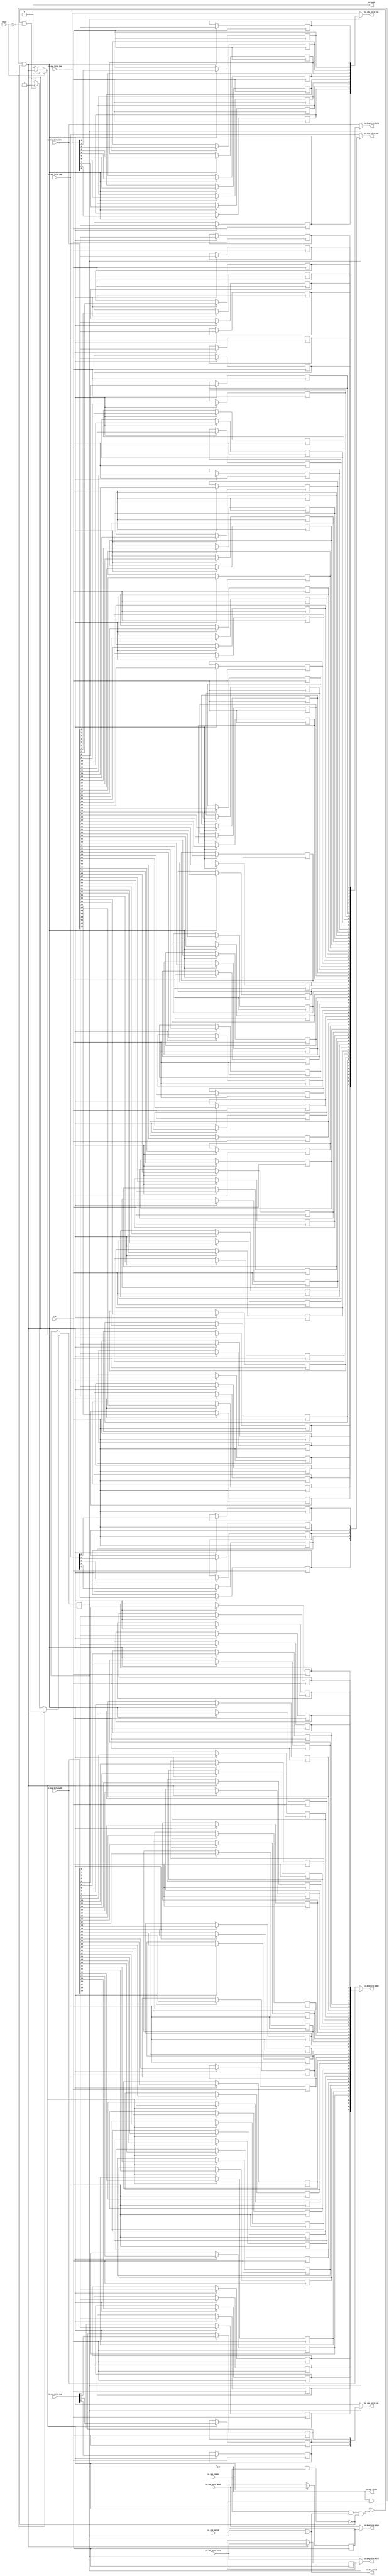
module Queue_10
(
  clk,
  reset,
  io_enq_ready,
  io_enq_valid,
  io_enq_bits_addr,
  io_enq_bits_tag,
  io_enq_bits_cmd,
  io_enq_bits_typ,
  io_enq_bits_kill,
  io_enq_bits_phys,
  io_enq_bits_data,
  io_deq_ready,
  io_deq_valid,
  io_deq_bits_addr,
  io_deq_bits_tag,
  io_deq_bits_cmd,
  io_deq_bits_typ,
  io_deq_bits_kill,
  io_deq_bits_phys,
  io_deq_bits_data,
  io_count
);

  input [39:0] io_enq_bits_addr;
  input [9:0] io_enq_bits_tag;
  input [4:0] io_enq_bits_cmd;
  input [2:0] io_enq_bits_typ;
  input [63:0] io_enq_bits_data;
  output [39:0] io_deq_bits_addr;
  output [9:0] io_deq_bits_tag;
  output [4:0] io_deq_bits_cmd;
  output [2:0] io_deq_bits_typ;
  output [63:0] io_deq_bits_data;
  input clk;
  input reset;
  input io_enq_valid;
  input io_enq_bits_kill;
  input io_enq_bits_phys;
  input io_deq_ready;
  output io_enq_ready;
  output io_deq_valid;
  output io_deq_bits_kill;
  output io_deq_bits_phys;
  output io_count;
  wire [39:0] io_deq_bits_addr;
  wire [9:0] io_deq_bits_tag;
  wire [4:0] io_deq_bits_cmd;
  wire [2:0] io_deq_bits_typ;
  wire [63:0] io_deq_bits_data;
  wire io_enq_ready,io_deq_valid,io_deq_bits_kill,io_deq_bits_phys,io_count,N0,N1,N2,
  T4,do_enq,T3,T2,do_flow,empty,do_deq,T6,T5,N3,T31,N4,N5,N6,N7,N8,N9;
  reg [1:1] T0;
  reg [123:64] T9;
  reg [63:0] T8;
  assign io_count = 1'b0;
  assign T4 = do_enq ^ do_deq;

  always @(posedge clk) begin
    if(N6) begin
      T0[1] <= N7;
    end 
  end


  always @(posedge clk) begin
    if(do_enq) begin
      T9[123] <= io_enq_bits_addr[39];
    end 
  end


  always @(posedge clk) begin
    if(do_enq) begin
      T9[122] <= io_enq_bits_addr[38];
    end 
  end


  always @(posedge clk) begin
    if(do_enq) begin
      T9[121] <= io_enq_bits_addr[37];
    end 
  end


  always @(posedge clk) begin
    if(do_enq) begin
      T9[120] <= io_enq_bits_addr[36];
    end 
  end


  always @(posedge clk) begin
    if(do_enq) begin
      T9[119] <= io_enq_bits_addr[35];
    end 
  end


  always @(posedge clk) begin
    if(do_enq) begin
      T9[118] <= io_enq_bits_addr[34];
    end 
  end


  always @(posedge clk) begin
    if(do_enq) begin
      T9[117] <= io_enq_bits_addr[33];
    end 
  end


  always @(posedge clk) begin
    if(do_enq) begin
      T9[116] <= io_enq_bits_addr[32];
    end 
  end


  always @(posedge clk) begin
    if(do_enq) begin
      T9[115] <= io_enq_bits_addr[31];
    end 
  end


  always @(posedge clk) begin
    if(do_enq) begin
      T9[114] <= io_enq_bits_addr[30];
    end 
  end


  always @(posedge clk) begin
    if(do_enq) begin
      T9[113] <= io_enq_bits_addr[29];
    end 
  end


  always @(posedge clk) begin
    if(do_enq) begin
      T9[112] <= io_enq_bits_addr[28];
    end 
  end


  always @(posedge clk) begin
    if(do_enq) begin
      T9[111] <= io_enq_bits_addr[27];
    end 
  end


  always @(posedge clk) begin
    if(do_enq) begin
      T9[110] <= io_enq_bits_addr[26];
    end 
  end


  always @(posedge clk) begin
    if(do_enq) begin
      T9[109] <= io_enq_bits_addr[25];
    end 
  end


  always @(posedge clk) begin
    if(do_enq) begin
      T9[108] <= io_enq_bits_addr[24];
    end 
  end


  always @(posedge clk) begin
    if(do_enq) begin
      T9[107] <= io_enq_bits_addr[23];
    end 
  end


  always @(posedge clk) begin
    if(do_enq) begin
      T9[106] <= io_enq_bits_addr[22];
    end 
  end


  always @(posedge clk) begin
    if(do_enq) begin
      T9[105] <= io_enq_bits_addr[21];
    end 
  end


  always @(posedge clk) begin
    if(do_enq) begin
      T9[104] <= io_enq_bits_addr[20];
    end 
  end


  always @(posedge clk) begin
    if(do_enq) begin
      T9[103] <= io_enq_bits_addr[19];
    end 
  end


  always @(posedge clk) begin
    if(do_enq) begin
      T9[102] <= io_enq_bits_addr[18];
    end 
  end


  always @(posedge clk) begin
    if(do_enq) begin
      T9[101] <= io_enq_bits_addr[17];
    end 
  end


  always @(posedge clk) begin
    if(do_enq) begin
      T9[100] <= io_enq_bits_addr[16];
    end 
  end


  always @(posedge clk) begin
    if(do_enq) begin
      T9[99] <= io_enq_bits_addr[15];
    end 
  end


  always @(posedge clk) begin
    if(do_enq) begin
      T9[98] <= io_enq_bits_addr[14];
    end 
  end


  always @(posedge clk) begin
    if(do_enq) begin
      T9[97] <= io_enq_bits_addr[13];
    end 
  end


  always @(posedge clk) begin
    if(do_enq) begin
      T9[96] <= io_enq_bits_addr[12];
    end 
  end


  always @(posedge clk) begin
    if(do_enq) begin
      T9[95] <= io_enq_bits_addr[11];
    end 
  end


  always @(posedge clk) begin
    if(do_enq) begin
      T9[94] <= io_enq_bits_addr[10];
    end 
  end


  always @(posedge clk) begin
    if(do_enq) begin
      T9[93] <= io_enq_bits_addr[9];
    end 
  end


  always @(posedge clk) begin
    if(do_enq) begin
      T9[92] <= io_enq_bits_addr[8];
    end 
  end


  always @(posedge clk) begin
    if(do_enq) begin
      T9[91] <= io_enq_bits_addr[7];
    end 
  end


  always @(posedge clk) begin
    if(do_enq) begin
      T9[90] <= io_enq_bits_addr[6];
    end 
  end


  always @(posedge clk) begin
    if(do_enq) begin
      T9[89] <= io_enq_bits_addr[5];
    end 
  end


  always @(posedge clk) begin
    if(do_enq) begin
      T9[88] <= io_enq_bits_addr[4];
    end 
  end


  always @(posedge clk) begin
    if(do_enq) begin
      T9[87] <= io_enq_bits_addr[3];
    end 
  end


  always @(posedge clk) begin
    if(do_enq) begin
      T9[86] <= io_enq_bits_addr[2];
    end 
  end


  always @(posedge clk) begin
    if(do_enq) begin
      T9[85] <= io_enq_bits_addr[1];
    end 
  end


  always @(posedge clk) begin
    if(do_enq) begin
      T9[84] <= io_enq_bits_addr[0];
    end 
  end


  always @(posedge clk) begin
    if(do_enq) begin
      T9[83] <= io_enq_bits_tag[9];
    end 
  end


  always @(posedge clk) begin
    if(do_enq) begin
      T9[82] <= io_enq_bits_tag[8];
    end 
  end


  always @(posedge clk) begin
    if(do_enq) begin
      T9[81] <= io_enq_bits_tag[7];
    end 
  end


  always @(posedge clk) begin
    if(do_enq) begin
      T9[80] <= io_enq_bits_tag[6];
    end 
  end


  always @(posedge clk) begin
    if(do_enq) begin
      T9[79] <= io_enq_bits_tag[5];
    end 
  end


  always @(posedge clk) begin
    if(do_enq) begin
      T9[78] <= io_enq_bits_tag[4];
    end 
  end


  always @(posedge clk) begin
    if(do_enq) begin
      T9[77] <= io_enq_bits_tag[3];
    end 
  end


  always @(posedge clk) begin
    if(do_enq) begin
      T9[76] <= io_enq_bits_tag[2];
    end 
  end


  always @(posedge clk) begin
    if(do_enq) begin
      T9[75] <= io_enq_bits_tag[1];
    end 
  end


  always @(posedge clk) begin
    if(do_enq) begin
      T9[74] <= io_enq_bits_tag[0];
    end 
  end


  always @(posedge clk) begin
    if(do_enq) begin
      T9[73] <= io_enq_bits_cmd[4];
    end 
  end


  always @(posedge clk) begin
    if(do_enq) begin
      T9[72] <= io_enq_bits_cmd[3];
    end 
  end


  always @(posedge clk) begin
    if(do_enq) begin
      T9[71] <= io_enq_bits_cmd[2];
    end 
  end


  always @(posedge clk) begin
    if(do_enq) begin
      T9[70] <= io_enq_bits_cmd[1];
    end 
  end


  always @(posedge clk) begin
    if(do_enq) begin
      T9[69] <= io_enq_bits_cmd[0];
    end 
  end


  always @(posedge clk) begin
    if(do_enq) begin
      T9[68] <= io_enq_bits_typ[2];
    end 
  end


  always @(posedge clk) begin
    if(do_enq) begin
      T9[67] <= io_enq_bits_typ[1];
    end 
  end


  always @(posedge clk) begin
    if(do_enq) begin
      T9[66] <= io_enq_bits_typ[0];
    end 
  end


  always @(posedge clk) begin
    if(do_enq) begin
      T9[65] <= io_enq_bits_kill;
    end 
  end


  always @(posedge clk) begin
    if(do_enq) begin
      T9[64] <= io_enq_bits_phys;
    end 
  end


  always @(posedge clk) begin
    if(do_enq) begin
      T8[63] <= io_enq_bits_data[63];
    end 
  end


  always @(posedge clk) begin
    if(do_enq) begin
      T8[62] <= io_enq_bits_data[62];
    end 
  end


  always @(posedge clk) begin
    if(do_enq) begin
      T8[61] <= io_enq_bits_data[61];
    end 
  end


  always @(posedge clk) begin
    if(do_enq) begin
      T8[60] <= io_enq_bits_data[60];
    end 
  end


  always @(posedge clk) begin
    if(do_enq) begin
      T8[59] <= io_enq_bits_data[59];
    end 
  end


  always @(posedge clk) begin
    if(do_enq) begin
      T8[58] <= io_enq_bits_data[58];
    end 
  end


  always @(posedge clk) begin
    if(do_enq) begin
      T8[57] <= io_enq_bits_data[57];
    end 
  end


  always @(posedge clk) begin
    if(do_enq) begin
      T8[56] <= io_enq_bits_data[56];
    end 
  end


  always @(posedge clk) begin
    if(do_enq) begin
      T8[55] <= io_enq_bits_data[55];
    end 
  end


  always @(posedge clk) begin
    if(do_enq) begin
      T8[54] <= io_enq_bits_data[54];
    end 
  end


  always @(posedge clk) begin
    if(do_enq) begin
      T8[53] <= io_enq_bits_data[53];
    end 
  end


  always @(posedge clk) begin
    if(do_enq) begin
      T8[52] <= io_enq_bits_data[52];
    end 
  end


  always @(posedge clk) begin
    if(do_enq) begin
      T8[51] <= io_enq_bits_data[51];
    end 
  end


  always @(posedge clk) begin
    if(do_enq) begin
      T8[50] <= io_enq_bits_data[50];
    end 
  end


  always @(posedge clk) begin
    if(do_enq) begin
      T8[49] <= io_enq_bits_data[49];
    end 
  end


  always @(posedge clk) begin
    if(do_enq) begin
      T8[48] <= io_enq_bits_data[48];
    end 
  end


  always @(posedge clk) begin
    if(do_enq) begin
      T8[47] <= io_enq_bits_data[47];
    end 
  end


  always @(posedge clk) begin
    if(do_enq) begin
      T8[46] <= io_enq_bits_data[46];
    end 
  end


  always @(posedge clk) begin
    if(do_enq) begin
      T8[45] <= io_enq_bits_data[45];
    end 
  end


  always @(posedge clk) begin
    if(do_enq) begin
      T8[44] <= io_enq_bits_data[44];
    end 
  end


  always @(posedge clk) begin
    if(do_enq) begin
      T8[43] <= io_enq_bits_data[43];
    end 
  end


  always @(posedge clk) begin
    if(do_enq) begin
      T8[42] <= io_enq_bits_data[42];
    end 
  end


  always @(posedge clk) begin
    if(do_enq) begin
      T8[41] <= io_enq_bits_data[41];
    end 
  end


  always @(posedge clk) begin
    if(do_enq) begin
      T8[40] <= io_enq_bits_data[40];
    end 
  end


  always @(posedge clk) begin
    if(do_enq) begin
      T8[39] <= io_enq_bits_data[39];
    end 
  end


  always @(posedge clk) begin
    if(do_enq) begin
      T8[38] <= io_enq_bits_data[38];
    end 
  end


  always @(posedge clk) begin
    if(do_enq) begin
      T8[37] <= io_enq_bits_data[37];
    end 
  end


  always @(posedge clk) begin
    if(do_enq) begin
      T8[36] <= io_enq_bits_data[36];
    end 
  end


  always @(posedge clk) begin
    if(do_enq) begin
      T8[35] <= io_enq_bits_data[35];
    end 
  end


  always @(posedge clk) begin
    if(do_enq) begin
      T8[34] <= io_enq_bits_data[34];
    end 
  end


  always @(posedge clk) begin
    if(do_enq) begin
      T8[33] <= io_enq_bits_data[33];
    end 
  end


  always @(posedge clk) begin
    if(do_enq) begin
      T8[32] <= io_enq_bits_data[32];
    end 
  end


  always @(posedge clk) begin
    if(do_enq) begin
      T8[31] <= io_enq_bits_data[31];
    end 
  end


  always @(posedge clk) begin
    if(do_enq) begin
      T8[30] <= io_enq_bits_data[30];
    end 
  end


  always @(posedge clk) begin
    if(do_enq) begin
      T8[29] <= io_enq_bits_data[29];
    end 
  end


  always @(posedge clk) begin
    if(do_enq) begin
      T8[28] <= io_enq_bits_data[28];
    end 
  end


  always @(posedge clk) begin
    if(do_enq) begin
      T8[27] <= io_enq_bits_data[27];
    end 
  end


  always @(posedge clk) begin
    if(do_enq) begin
      T8[26] <= io_enq_bits_data[26];
    end 
  end


  always @(posedge clk) begin
    if(do_enq) begin
      T8[25] <= io_enq_bits_data[25];
    end 
  end


  always @(posedge clk) begin
    if(do_enq) begin
      T8[24] <= io_enq_bits_data[24];
    end 
  end


  always @(posedge clk) begin
    if(do_enq) begin
      T8[23] <= io_enq_bits_data[23];
    end 
  end


  always @(posedge clk) begin
    if(do_enq) begin
      T8[22] <= io_enq_bits_data[22];
    end 
  end


  always @(posedge clk) begin
    if(do_enq) begin
      T8[21] <= io_enq_bits_data[21];
    end 
  end


  always @(posedge clk) begin
    if(do_enq) begin
      T8[20] <= io_enq_bits_data[20];
    end 
  end


  always @(posedge clk) begin
    if(do_enq) begin
      T8[19] <= io_enq_bits_data[19];
    end 
  end


  always @(posedge clk) begin
    if(do_enq) begin
      T8[18] <= io_enq_bits_data[18];
    end 
  end


  always @(posedge clk) begin
    if(do_enq) begin
      T8[17] <= io_enq_bits_data[17];
    end 
  end


  always @(posedge clk) begin
    if(do_enq) begin
      T8[16] <= io_enq_bits_data[16];
    end 
  end


  always @(posedge clk) begin
    if(do_enq) begin
      T8[15] <= io_enq_bits_data[15];
    end 
  end


  always @(posedge clk) begin
    if(do_enq) begin
      T8[14] <= io_enq_bits_data[14];
    end 
  end


  always @(posedge clk) begin
    if(do_enq) begin
      T8[13] <= io_enq_bits_data[13];
    end 
  end


  always @(posedge clk) begin
    if(do_enq) begin
      T8[12] <= io_enq_bits_data[12];
    end 
  end


  always @(posedge clk) begin
    if(do_enq) begin
      T8[11] <= io_enq_bits_data[11];
    end 
  end


  always @(posedge clk) begin
    if(do_enq) begin
      T8[10] <= io_enq_bits_data[10];
    end 
  end


  always @(posedge clk) begin
    if(do_enq) begin
      T8[9] <= io_enq_bits_data[9];
    end 
  end


  always @(posedge clk) begin
    if(do_enq) begin
      T8[8] <= io_enq_bits_data[8];
    end 
  end


  always @(posedge clk) begin
    if(do_enq) begin
      T8[7] <= io_enq_bits_data[7];
    end 
  end


  always @(posedge clk) begin
    if(do_enq) begin
      T8[6] <= io_enq_bits_data[6];
    end 
  end


  always @(posedge clk) begin
    if(do_enq) begin
      T8[5] <= io_enq_bits_data[5];
    end 
  end


  always @(posedge clk) begin
    if(do_enq) begin
      T8[4] <= io_enq_bits_data[4];
    end 
  end


  always @(posedge clk) begin
    if(do_enq) begin
      T8[3] <= io_enq_bits_data[3];
    end 
  end


  always @(posedge clk) begin
    if(do_enq) begin
      T8[2] <= io_enq_bits_data[2];
    end 
  end


  always @(posedge clk) begin
    if(do_enq) begin
      T8[1] <= io_enq_bits_data[1];
    end 
  end


  always @(posedge clk) begin
    if(do_enq) begin
      T8[0] <= io_enq_bits_data[0];
    end 
  end

  assign io_deq_bits_data = (N0)? io_enq_bits_data : 
                            (N1)? T8 : 1'b0;
  assign N0 = empty;
  assign N1 = N3;
  assign io_deq_bits_phys = (N0)? io_enq_bits_phys : 
                            (N1)? T9[64] : 1'b0;
  assign io_deq_bits_kill = (N0)? io_enq_bits_kill : 
                            (N1)? T9[65] : 1'b0;
  assign io_deq_bits_typ = (N0)? io_enq_bits_typ : 
                           (N1)? T9[68:66] : 1'b0;
  assign io_deq_bits_cmd = (N0)? io_enq_bits_cmd : 
                           (N1)? T9[73:69] : 1'b0;
  assign io_deq_bits_tag = (N0)? io_enq_bits_tag : 
                           (N1)? T9[83:74] : 1'b0;
  assign io_deq_bits_addr = (N0)? io_enq_bits_addr : 
                            (N1)? T9[123:84] : 1'b0;
  assign N6 = (N2)? 1'b1 : 
              (N9)? 1'b1 : 
              (N5)? 1'b0 : 1'b0;
  assign N2 = reset;
  assign N7 = (N2)? 1'b0 : 
              (N9)? do_enq : 1'b0;
  assign do_enq = T3 & T2;
  assign T2 = ~do_flow;
  assign do_flow = empty & io_deq_ready;
  assign empty = ~T0[1];
  assign T3 = io_enq_ready & io_enq_valid;
  assign do_deq = T6 & T5;
  assign T5 = ~do_flow;
  assign T6 = io_deq_ready & io_deq_valid;
  assign N3 = ~empty;
  assign io_deq_valid = T31 | io_enq_valid;
  assign T31 = ~empty;
  assign io_enq_ready = ~T0[1];
  assign N4 = T4 | reset;
  assign N5 = ~N4;
  assign N8 = ~reset;
  assign N9 = T4 & N8;

endmodule